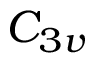
{ C } _ { 3 v }